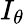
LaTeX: I_{\theta}